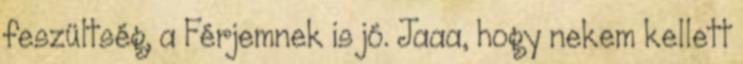
feszültség, a Férjemnek is jó. Jaaa, hogy nekem kellett